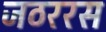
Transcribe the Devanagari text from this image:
जठररस